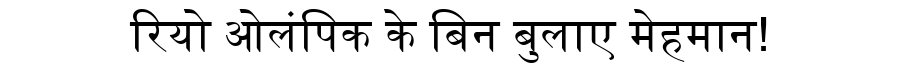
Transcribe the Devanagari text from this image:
रियो ओलंपिक के बिन बुलाए मेहमान!